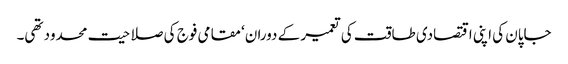
جاپان کی اپنی اقتصادی طاقت کی تعمیر کے دوران‘ مقامی فوج کی صلاحیت محدود تھی۔